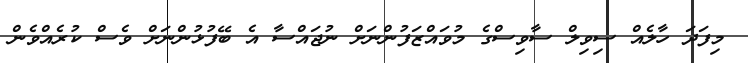
މިފަދަ ހާލެއް ސިވިލް ސާވިސްގެ މުވައްޒަފުންނަށް ނުޖައްސާ އެ ބޭފުޅުންނަށް ވެސް ކުރެއްވެން